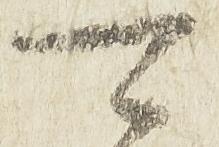
可